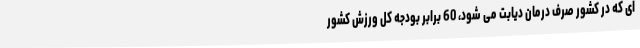
ای که در کشور صرف درمان دیابت می شود، 60 برابر بودجه کل ورزش کشور